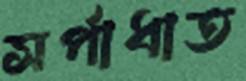
সর্পাধাত